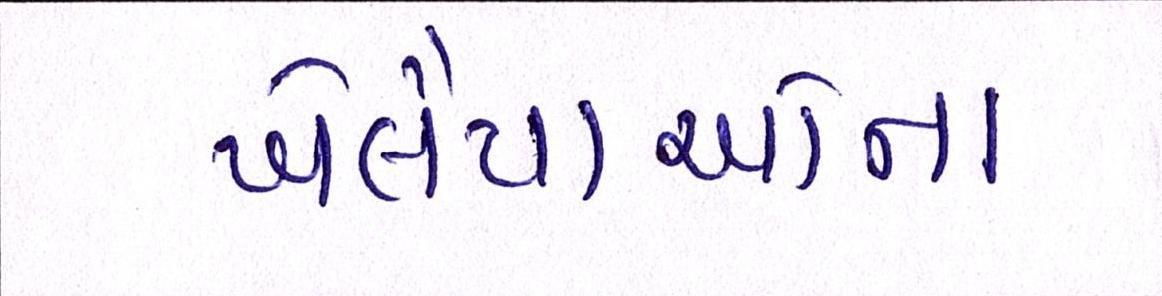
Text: ખેલૈયાઓના